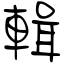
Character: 輯